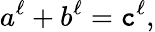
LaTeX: a^{\ell}+b^{\ell}=\mathtt{c}^{\ell},